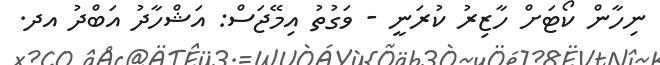
ނިހާން ކޯޓަށް ހާޒިރު ކުރަނީ - ވަގުތު އިމޭޖަސް: އަޝްހާދު އަބްދު އދ.